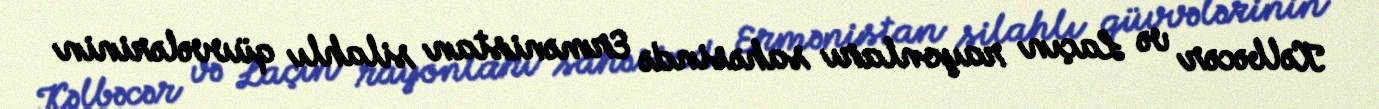
Kəlbəcər və Laçın rayonları sahəsində Ermənistan silahlı qüvvələrinin